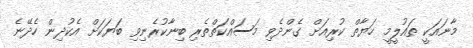
މާނައަކީ ތައުލީމީ ހަޔާތް ކުރިއަށް ގެންދެވި މަސައްކަތްތެރި ބިނާކުރެނިވި ބަޔަކަށް އެކުދިން ހެދޭނެ